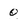
Character: o